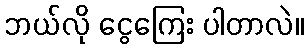
ဘယ်လို ငွေကြေး ပါတာလဲ။